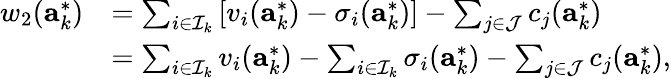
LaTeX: \begin{array}{rl}{w_{2}(\mathbf{a}_{k}^{*})}&{=\sum_{i\in\mathcal{I}_{k}}\left[v_{i}(\mathbf{a}_{k}^{*})-\sigma_{i}(\mathbf{a}_{k}^{*})\right]-\sum_{j\in\mathcal{J}}c_{j}(\mathbf{a}_{k}^{*})}\\ &{=\sum_{i\in\mathcal{I}_{k}}v_{i}(\mathbf{a}_{k}^{*})-\sum_{i\in\mathcal{I}_{k}}\sigma_{i}(\mathbf{a}_{k}^{*})-\sum_{j\in\mathcal{J}}c_{j}(\mathbf{a}_{k}^{*}),}\end{array}